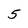
Character: 5